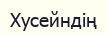
Хусейндің